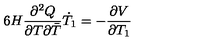
6 H \frac { \partial ^ { 2 } Q } { \partial T \partial { \bar { T } } } \dot { T } _ { 1 } = - \frac { \partial V } { \partial T _ { 1 } }